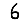
Digit: 6